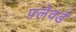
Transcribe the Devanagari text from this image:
फ़्लेवर्ड